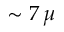
\sim 7 \, \mu